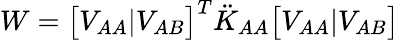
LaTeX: W=\big[V_{AA}|V_{AB}\big]^{T}\ddot{K}_{AA}\big[V_{AA}|V_{AB}\big]